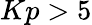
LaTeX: Kp>5